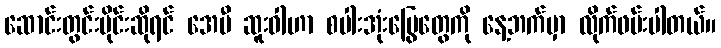
ဆောင်းတွင်းပိုင်းဆိုရင် အေမီ ဆူးဝါဟာ စပါးအုံးမြွေတွေကို နေ့ဘက်မှာ လိုက်ဖမ်းပါတယ်။